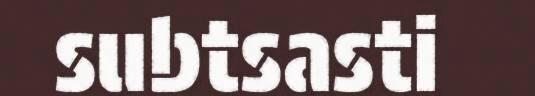
subtsasti